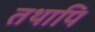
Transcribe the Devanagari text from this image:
तथापि